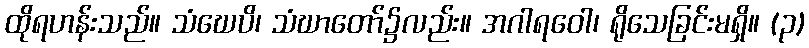
ထိုရဟန်းသည်။ သံဃေပိ၊ သံဃာတော်၌လည်း။ အဂါရဝေါ၊ ရိုသေခြင်းမရှိ။ (၃)